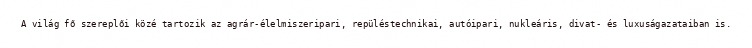
A világ fő szereplői közé tartozik az agrár-élelmiszeripari, repüléstechnikai, autóipari, nukleáris, divat- és luxuságazataiban is.